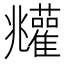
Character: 𩁧